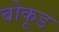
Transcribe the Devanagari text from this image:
बोकूड